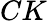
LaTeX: CK